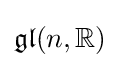
{\mathfrak {gl}}(n,\mathbb {R} )